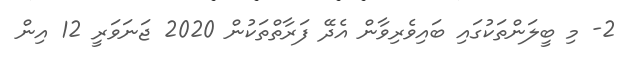
2- މި ބީލަންތަކުގައި ބައިވެރިވާން އެދޭ ފަރާތްތަކުން 2020 ޖަނަވަރީ 12 އިން